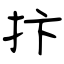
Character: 抃